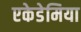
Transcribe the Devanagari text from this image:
एकेडेमिया